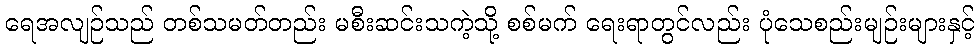
ရေအလျဉ်သည် တစ်သမတ်တည်း မစီးဆင်းသကဲ့သို့ စစ်မက် ရေးရာတွင်လည်း ပုံသေစည်းမျဉ်းများနှင့်